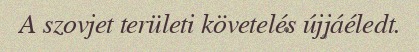
A szovjet területi követelés újjáéledt.